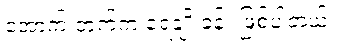
အောက် ဘက်က ရေချိုးခန်း ဖြစ်ပါတယ်။